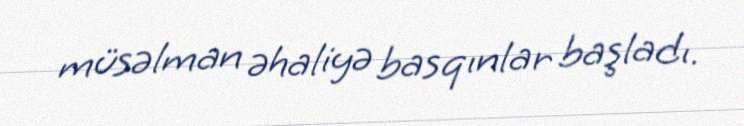
müsəlman əhaliyə basqınlar başladı.